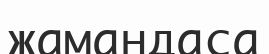
жамандаса